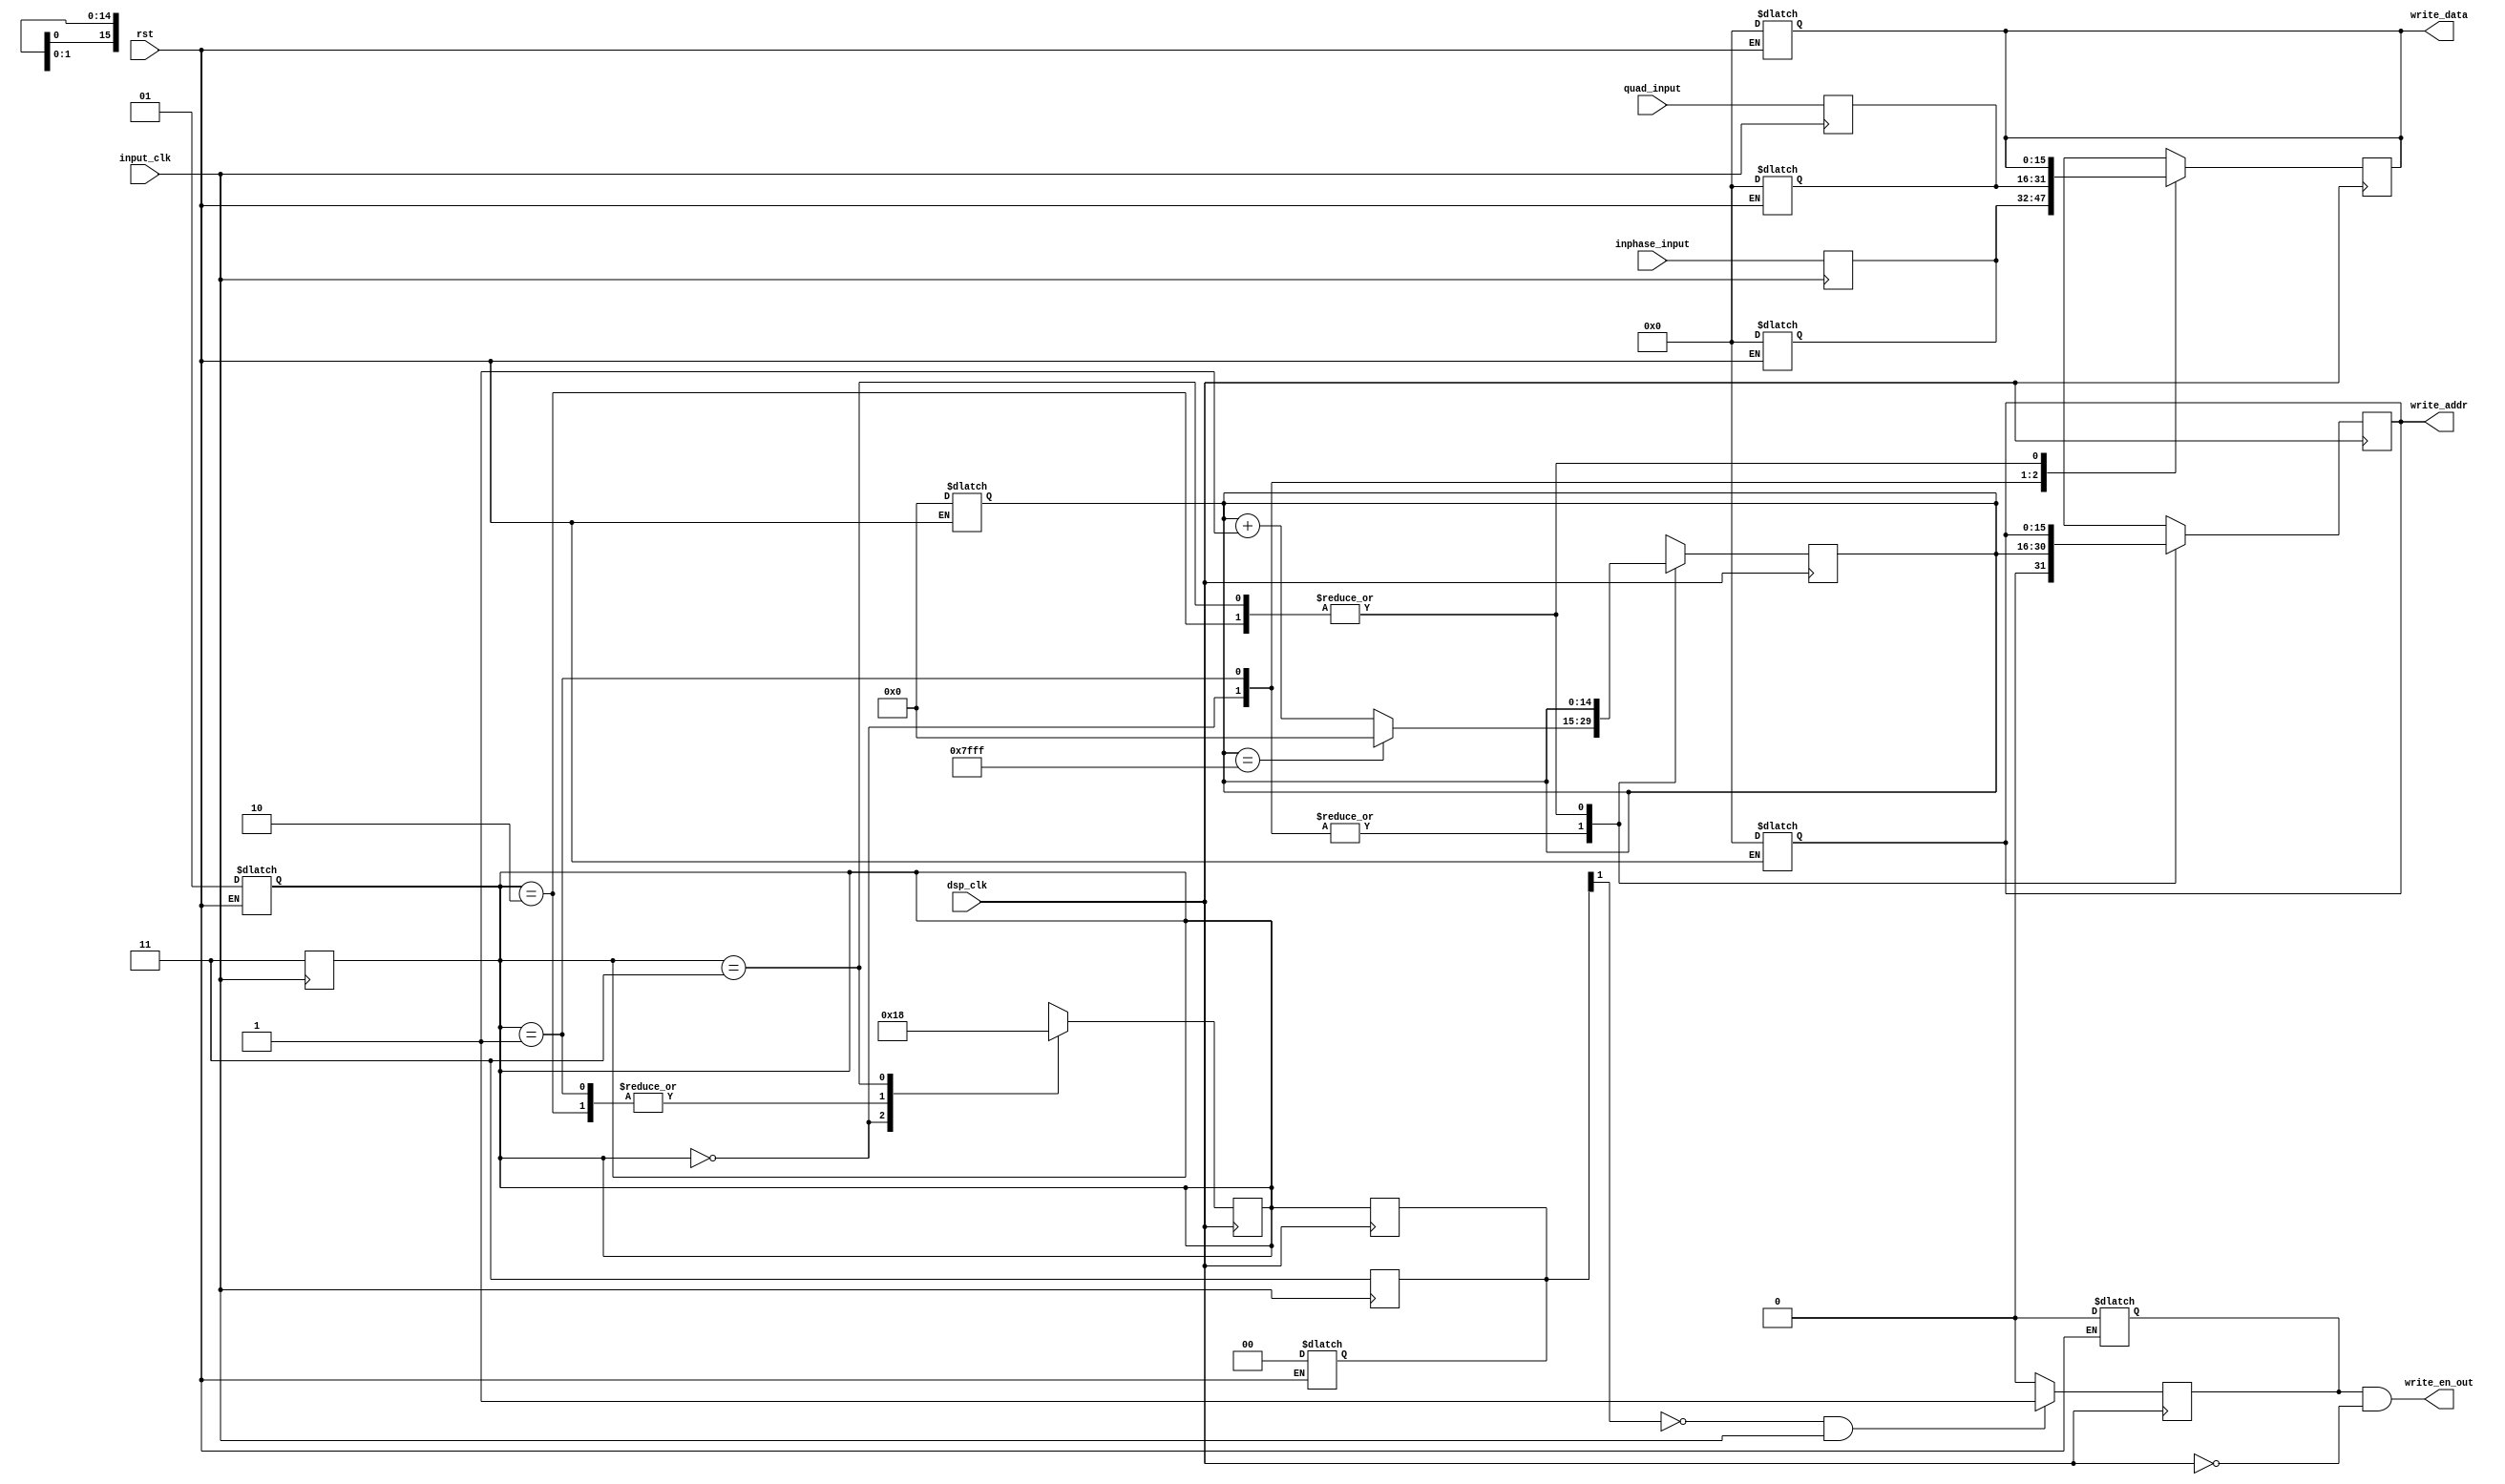
module ReceiverInput(inphase_input, quad_input, dsp_clk, input_clk, write_data, write_addr, write_en_out, rst);
		
		input wire 						input_clk; 
		input wire						dsp_clk;
		input wire						rst;		
		input wire		[15:0]	inphase_input;
		input wire		[15:0]	quad_input;
		
		output reg		[15:0]  write_data;
		output reg 		[15:0]	write_addr;
	  output wire 					write_en_out;
		
		reg						[14:0]	addr_counter;

		reg 					[15:0]	inphase_data; 	
		reg						[15:0]	quad_data;

		reg 					[1:0]   bs_count;		
		reg						[1:0]   bs_count_next;
		reg										write_en;
		parameter MAXVAL = 1 << 15;		

		assign write_en_out = write_en & ~dsp_clk;

		always@(rst) begin
			if(rst) begin
				addr_counter = 0;
				write_data = 0;
				write_addr = 0;
				write_en = 0;
				inphase_data = 0;
				quad_data = 0;
				bs_count = 0;
				bs_count_next = 1;
			end
		end

		always@(posedge input_clk) begin
		  inphase_data 	= inphase_input;					//Not sure about which is inphase and which is quadrature
			quad_data			= quad_input;						
			bs_count_next = 2'b11;
			bs_count = bs_count_next;
		end
		
		

		always@(posedge dsp_clk) begin
			bs_count = bs_count_next;
			case(bs_count)
				2'b00: 	begin
						bs_count_next = 2'b01;
						write_data = inphase_data;	

						write_addr = {1'b0, addr_counter};
						if(addr_counter == MAXVAL-1) 
							addr_counter = 15'd0;
						else				
							addr_counter = addr_counter + 1;				
				end 			
				2'b01: begin
						bs_count_next = 2'b10;
						write_data = quad_data;
						write_addr = {1'b0, addr_counter};
						if(addr_counter == MAXVAL-1) 
							addr_counter = 15'd0;
						else				
							addr_counter = addr_counter + 1;				
				end					
				2'b10: bs_count_next = 2'b10;
				2'b11: bs_count_next = 2'b00; 
			endcase	
		end
		
		always@(negedge dsp_clk) begin
			if(bs_count[1] != 1  && input_clk)
				write_en = 1;
		 	else write_en = 0;		
		end
endmodule